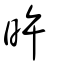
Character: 旿